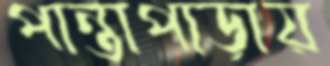
পান্তাপাড়ায়